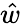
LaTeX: \hat{w}